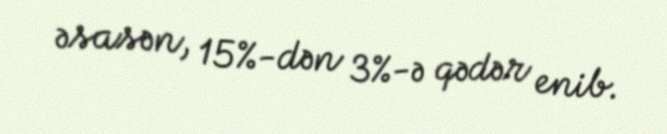
əsasən, 15%-dən 3%-ə qədər enib.